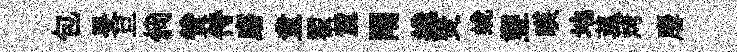
包旻旦倘赞侍磨童翟麓閈綫燹蜕塑暎地菰烤麐